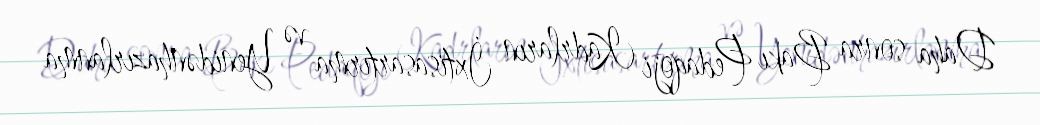
Daha sonra Bakı Pedaqoji Kadrların İxtisasartırma və Yenidənhazırlanma